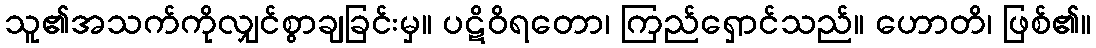
သူ၏အသက်ကိုလျှင်စွာချခြင်းမှ။ ပဋိဝိရတော၊ ကြည်ရှောင်သည်။ ဟောတိ၊ ဖြစ်၏။